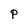
Character: P